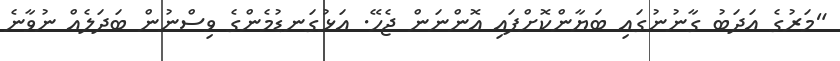
"މަރުގެ އަދަބު ގާނުނުގައި ބަޔާންކޮށްފައި އޮންނަން ޖެހޭ. އަޅުގަނޑުމެންގެ ވިސްނުން ބަދަލެއް ނުވާނެ